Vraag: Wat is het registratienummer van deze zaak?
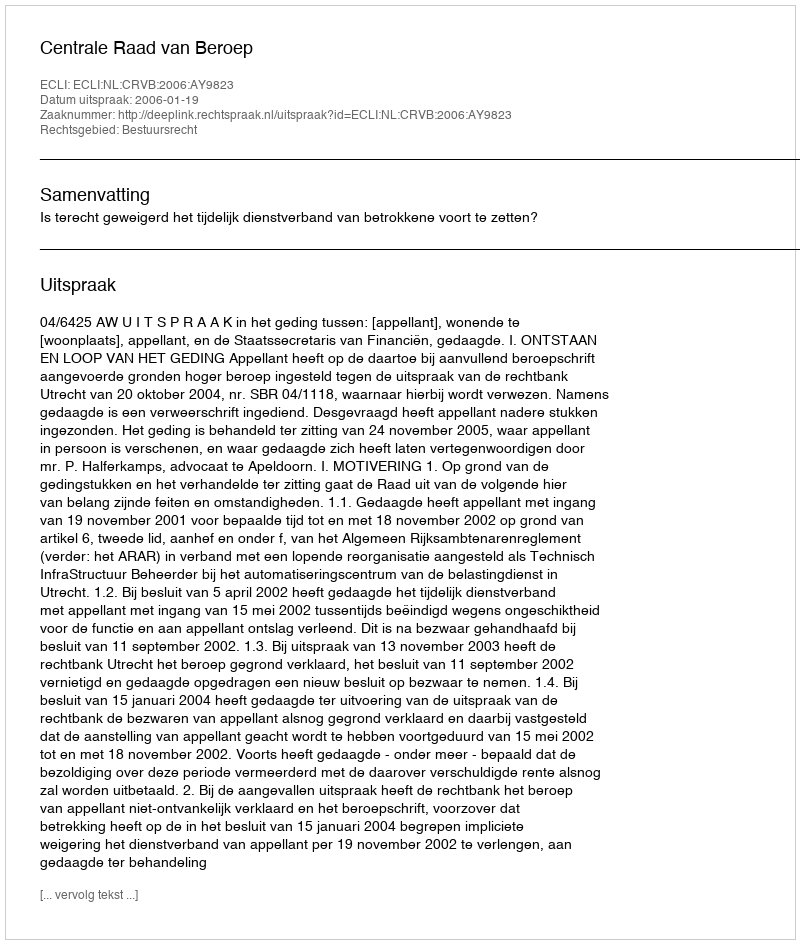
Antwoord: http://deeplink.rechtspraak.nl/uitspraak?id=ECLI:NL:CRVB:2006:AY9823